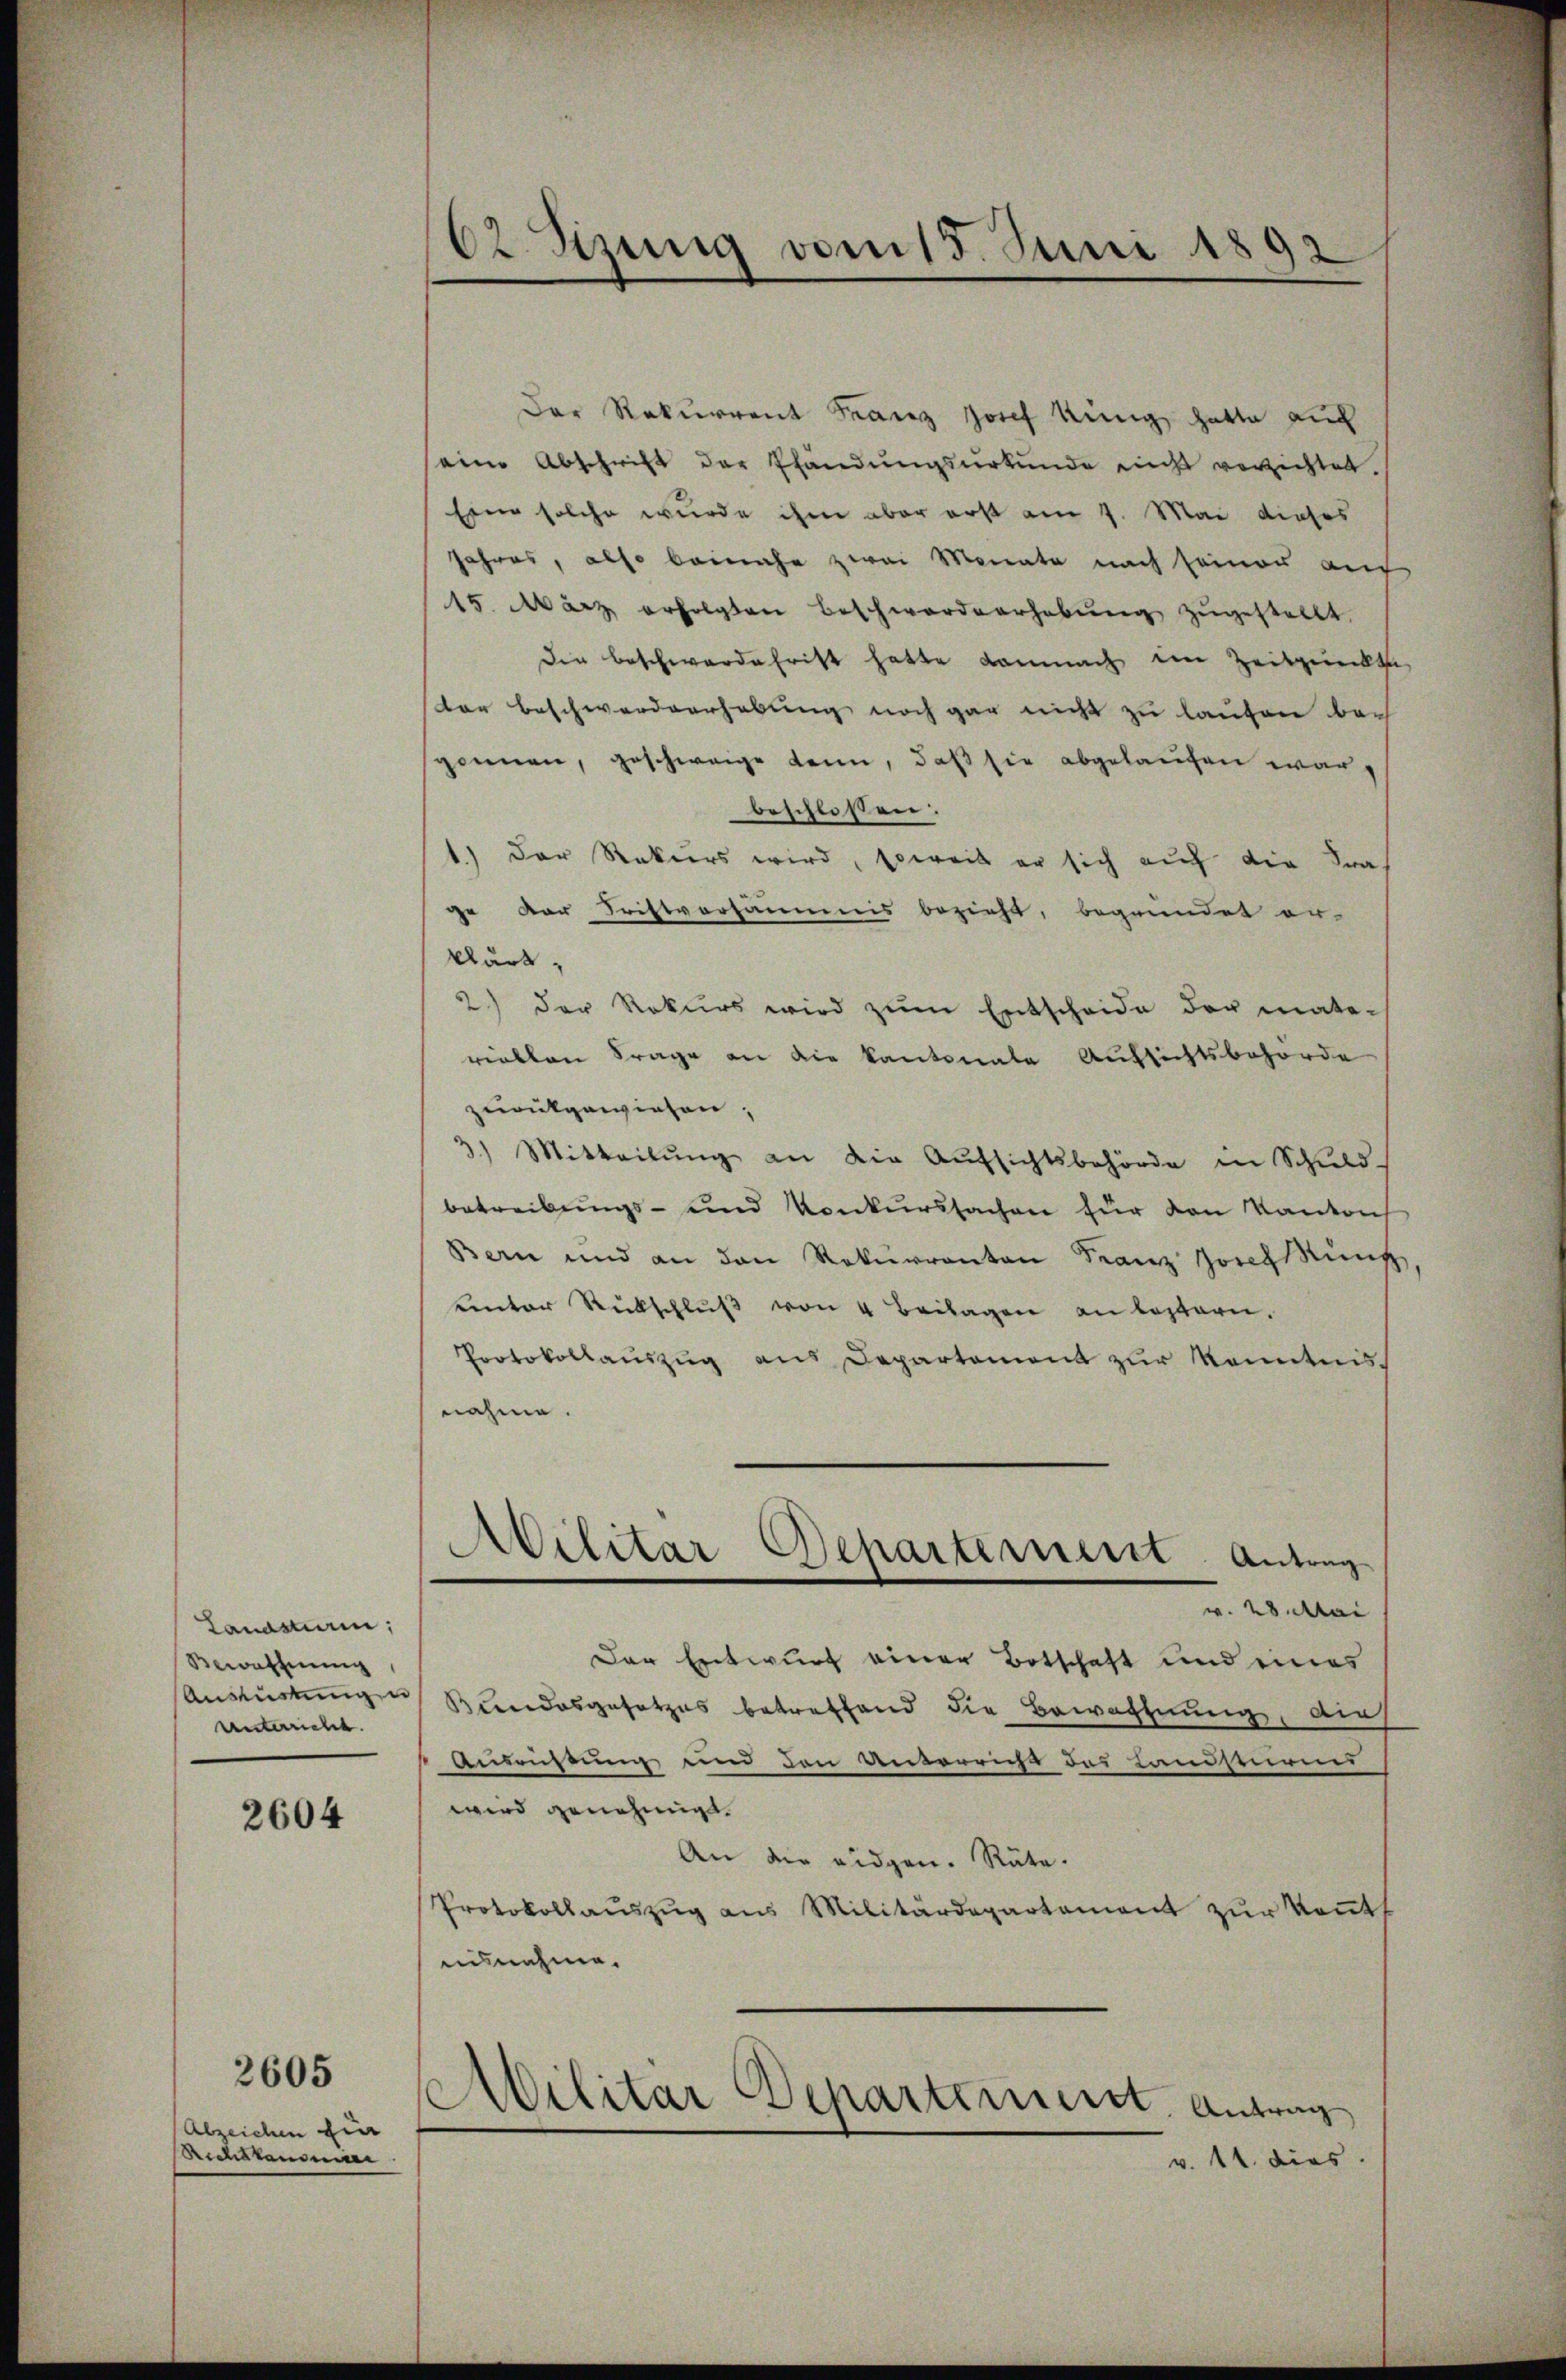
Lanastiam,
Bewaffnung
Ausrüstung u
unterricht.

2604

Abzeichen fin
Richthausen

2605

62 Stzung vom 15. Juni 1892

Der Rekurrent Franz Josef Küng hatte auch
seine Abschrift der Pfandungsurkunde nicht verzichtet.
Eine solche wurde ihm aber erst am 7. Mai dieses
Jahres, also beinahe zwei Monate nach seiner au
15. März erfolgten Beschworderhebŭng zŭgestellt.
Die Beschwerdefrist hatte damnach im Zeitpunkte
ter Beschwerderhebung noch gar nicht zu laufen bei
gonnen, geschweige kann, daß sie abgelaufen war,
beschlossen:
1.) Der Rekurs wird, soweit er sich auf die Fra
ge der Fristversäumnis bezieht, begründet er-
klärt,
2.) Der Rekurs wird zŭm Entscheide der maters
riellen Frage an die Kantonale Aufsichtsbehörde
zurükgewiesen;
3) Mitteilŭng an die Aŭfsichtsbehörde in Schuld-
betreibungs- und Konkurssachen für den Kanton
Bern und an den Rekurrenten Franz Josessung
ŭnter Rückschlŭβ von 4 Beilagen an leztern.
Protokollaŭszŭg ans Departement zur Kenntnis
nahme.
w. 28. Mai
Der Entwurf einer Botschaft und eines
Bundesgesetzes betreffend die Bewaffnung, auch
Ausrüstung und den Unterricht des Landsturms
wird genehmigt.
An die eidgen. Räte.
Protokollauszug aus Militärdepartement zur Kont
ausnahme.
v. 11. dies

Militar Departement. Antrag

Militär Departement, Antrag